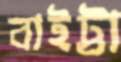
বাইট্টা